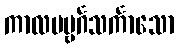
ကာလပဗ္ဗင်္ဂသင်္ကာသော